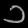
Digit: ၁